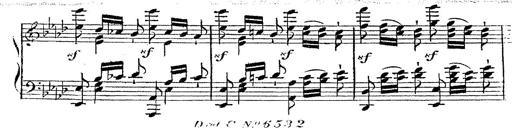
Title: 12 Lieder von Franz Schubert
Composer: Franz Liszt